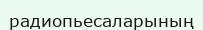
радиопьесаларының